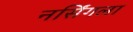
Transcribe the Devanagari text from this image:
नर्सिंगला